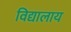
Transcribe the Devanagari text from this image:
विद्यालाय